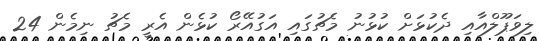
ލިވަޕޫލްއާއި ދެކުޅަށް ކުޅުނު މެޗުގައި އަގުއޭރޯ ކުޅެން އެރީ މެޗު ނިމެން 24